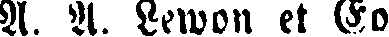
A. A. Lewon et Eo